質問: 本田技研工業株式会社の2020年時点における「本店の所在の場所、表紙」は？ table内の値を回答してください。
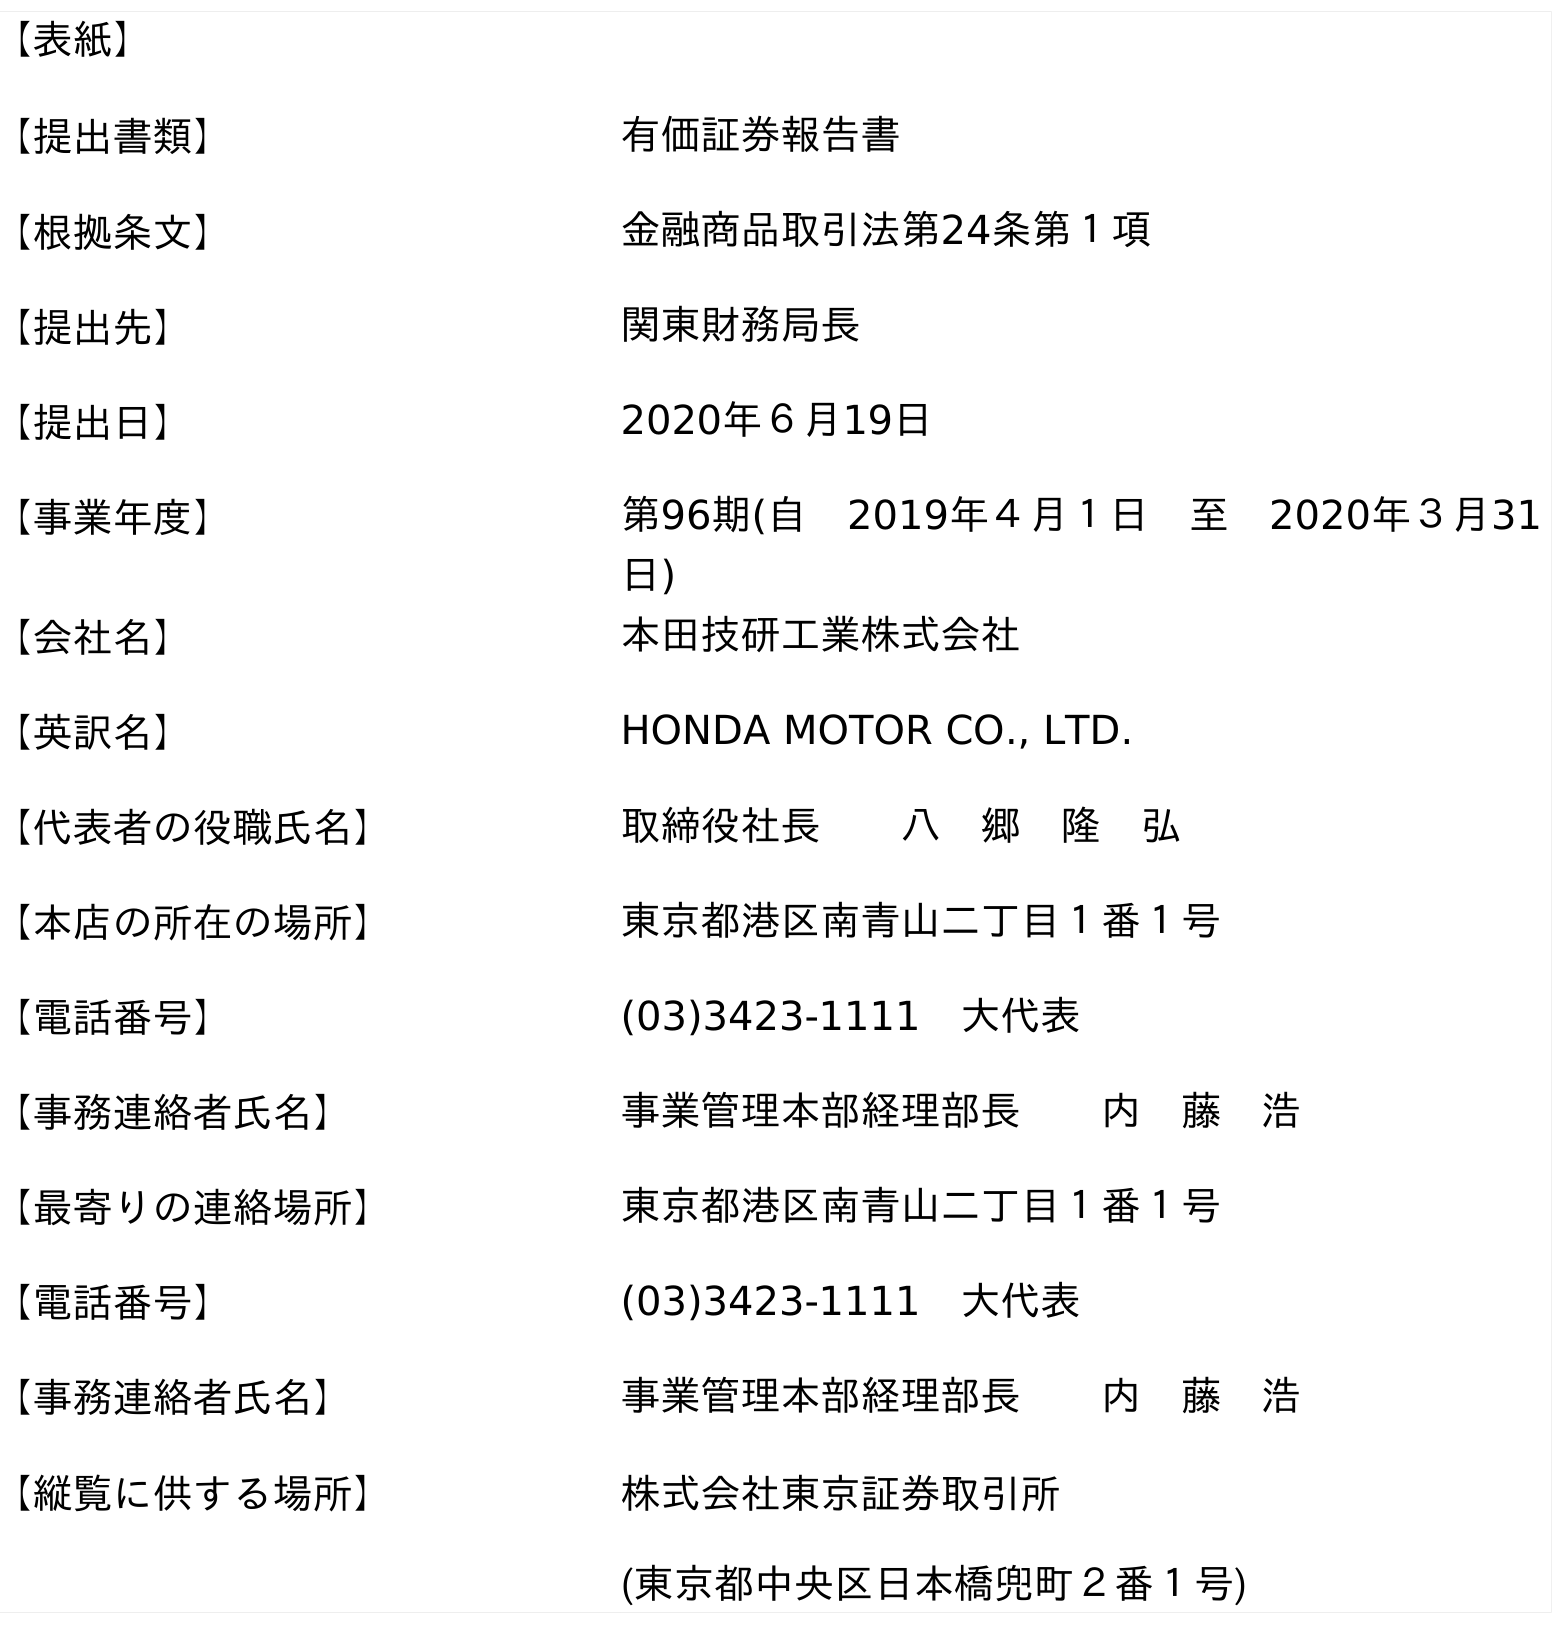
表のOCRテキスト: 【表紙】 【提出書類】 有価証券報告書 【根拠条文】 金融商品取引法第24条第１項 【提出先】 関東財務局長 【提出日】 2020年６月19日 【事業年度】 第96期(自 2019年４月１日 至 2020年３月31 日) 【会社名】 本田技研工業株式会社 【英訳名】 HONDA MOTOR CO., LTD. 【代表者の役職氏名】 取締役社長  八 郷 隆 弘 【本店の所在の場所】 東京都港区南青山二丁目１番１号 【電話番号】 (03)3423-1111 大代表 【事務連絡者氏名】 事業管理本部経理部長  内 藤 浩 【最寄りの連絡場所】 東京都港区南青山二丁目１番１号 【電話番号】 (03)3423-1111 大代表 【事務連絡者氏名】 事業管理本部経理部長  内 藤 浩 【縦覧に供する場所】 株式会社東京証券取引所 (東京都中央区日本橋兜町２番１号)
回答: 東京都港区南青山二丁目１番１号